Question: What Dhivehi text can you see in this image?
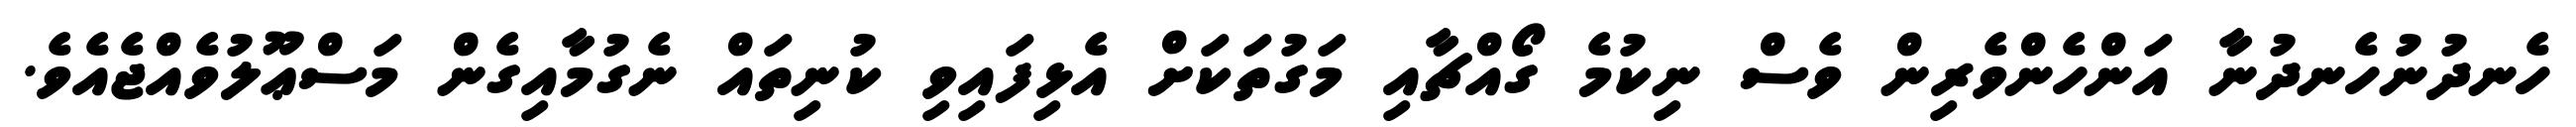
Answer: ހެނދުނުހެނދުނާ އަންހެންވެރިން ވެސް ނިކުމެ ގޯއްޗާއި މަގުތަކަށް އެޅިފައިވި ކުނިތައް ނެގުމާއިގެން މަސްޢޫލުވެއްޖެއެވެ.